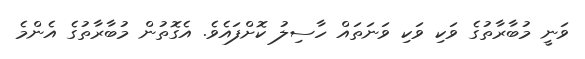
ވަނީ މުބާރާތުގެ ވަކި ވަކި ވަނަތައް ހާސިލު ކޮށްފައެވެ. އެގޮތުން މުބާރާތުގެ އެންމެ